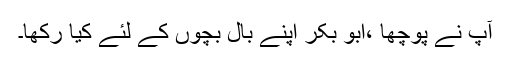
آپ نے پوچھا ،ابو بکرؓ اپنے بال بچوں کے لئے کیا رکھا۔